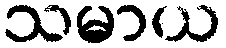
သမာယ